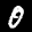
Label: 0